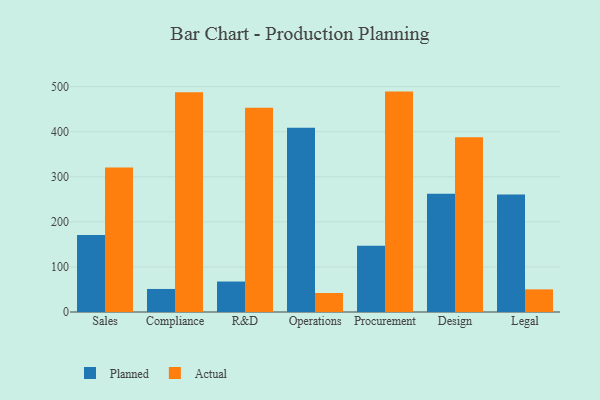
{"axis": {"x": "Department", "y": "Budget (USD K)"}, "legend": ["Actual", "Planned"], "data": [{"x": "Sales", "y": 170.7, "type": "Planned"}, {"x": "Sales", "y": 320.3, "type": "Actual"}, {"x": "Compliance", "y": 51.1, "type": "Planned"}, {"x": "Compliance", "y": 487.3, "type": "Actual"}, {"x": "R&D", "y": 67.6, "type": "Planned"}, {"x": "R&D", "y": 453.2, "type": "Actual"}, {"x": "Operations", "y": 408.9, "type": "Planned"}, {"x": "Operations", "y": 42.1, "type": "Actual"}, {"x": "Procurement", "y": 146.8, "type": "Planned"}, {"x": "Procurement", "y": 488.9, "type": "Actual"}, {"x": "Design", "y": 262.2, "type": "Planned"}, {"x": "Design", "y": 387.7, "type": "Actual"}, {"x": "Legal", "y": 260.5, "type": "Planned"}, {"x": "Legal", "y": 50.2, "type": "Actual"}]}